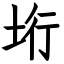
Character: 垳